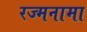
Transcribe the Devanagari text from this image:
रज्मनामा